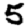
Digit: 5